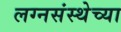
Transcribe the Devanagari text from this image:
लग्नसंस्थेच्या